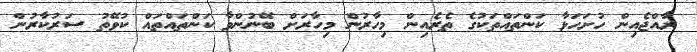
ރާއްޖެއިން ހުށަހަޅާ ކަންތައްތަކުގެ ތެރެއިން މިހާރުން މިހާރަށް ބޭނުންވާ ކަންތައްތައް ކުވޭތު ސަރުކާރުން